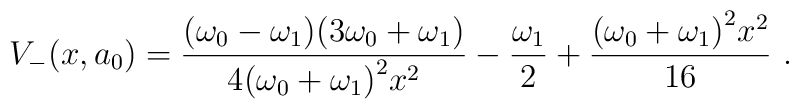
V_-(x,a_0)=\frac{(\omega_0-\omega_1)(3\omega_0+\omega_1)}{4{(\omega_0+\omega_1)}^2 x^2} - \frac{\omega_1}{2}+\frac{{(\omega_0+\omega_1)}^2 x^2}{16}~.